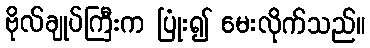
ဗိုလ်ချုပ်ကြီးက ပြုံး၍ မေးလိုက်သည်။